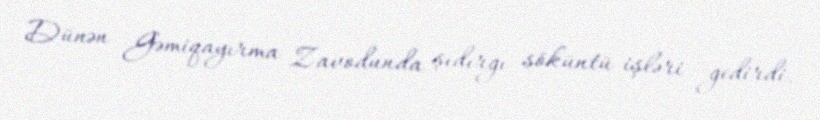
Dünən Gəmiqayırma Zavodunda şıdırğı söküntü işləri gedirdi.